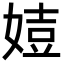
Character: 㛸